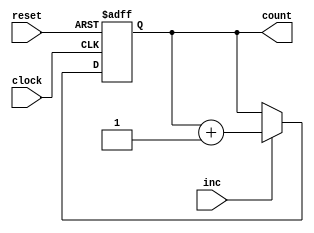
`timescale 1ns / 1ps
//////////////////////////////////////////////////////////////////////////////////
// Company: 
// Engineer: 
// 
// Design Name: 
// Module Name: counter
// Project Name: 
// Target Devices: 
// Tool Versions: 
// Description: 
// 
// Dependencies: 
// 
// Revision:
// Revision 0.01 - File Created
// Additional Comments:
// 
//////////////////////////////////////////////////////////////////////////////////


module counter1(input clock, 
    input reset, 
    input inc,
    output reg [7:0]count);

always @(posedge clock or negedge reset) begin
    if (!reset) begin
        count <= 0;
    end else begin 
        if(inc == 1)
            count <= count + 1;
        end
    end
endmodule